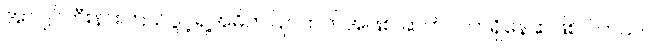
အာဂျင်တီးနားကြယ်ပွင့်ရဲ့အဓိကပြိုင်ဘက်အဖြစ် ဆက်လက်ရှိနေဆဲဖြစ်ပါတယ်။